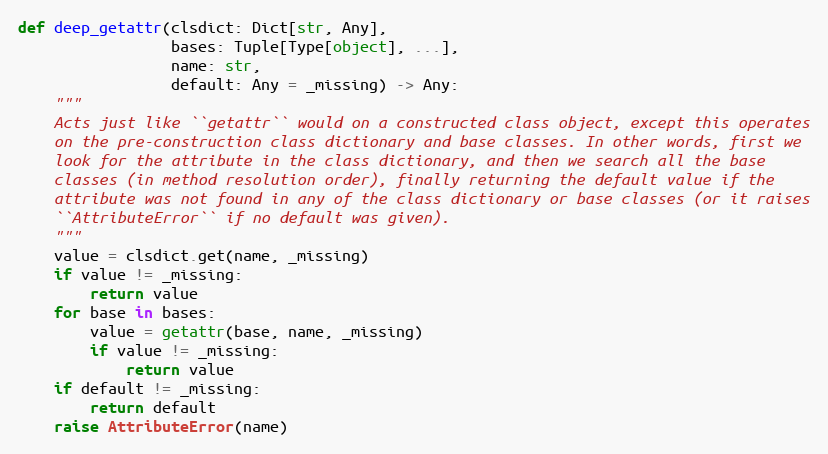
Language: Python
def deep_getattr(clsdict: Dict[str, Any],
                 bases: Tuple[Type[object], ...],
                 name: str,
                 default: Any = _missing) -> Any:
    """
    Acts just like ``getattr`` would on a constructed class object, except this operates
    on the pre-construction class dictionary and base classes. In other words, first we
    look for the attribute in the class dictionary, and then we search all the base
    classes (in method resolution order), finally returning the default value if the
    attribute was not found in any of the class dictionary or base classes (or it raises
    ``AttributeError`` if no default was given).
    """
    value = clsdict.get(name, _missing)
    if value != _missing:
        return value
    for base in bases:
        value = getattr(base, name, _missing)
        if value != _missing:
            return value
    if default != _missing:
        return default
    raise AttributeError(name)